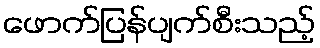
ဖောက်ပြန်ပျက်စီးသည့်